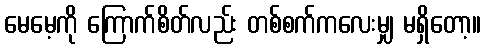
မေမေ့ကို ကြောက်စိတ်လည်း တစ်စက်ကလေးမျှ မရှိတော့။